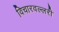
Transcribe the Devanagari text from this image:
विचारवल्लरी